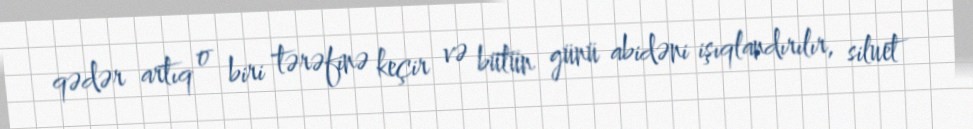
qədər artıq o biri tərəfinə keçir və bütün günü abidəni işıqlandırılır, siluet